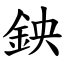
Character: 鉠